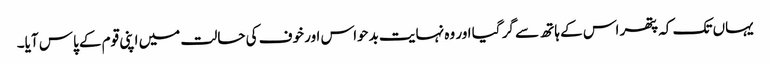
یہاں تک کہ پتھر اس کے ہاتھ سے گر گیا اور وہ نہایت بدحواس اور خوف کی حالت میں اپنی قوم کے پاس آیا۔